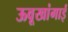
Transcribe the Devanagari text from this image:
ऊवूखांगाई